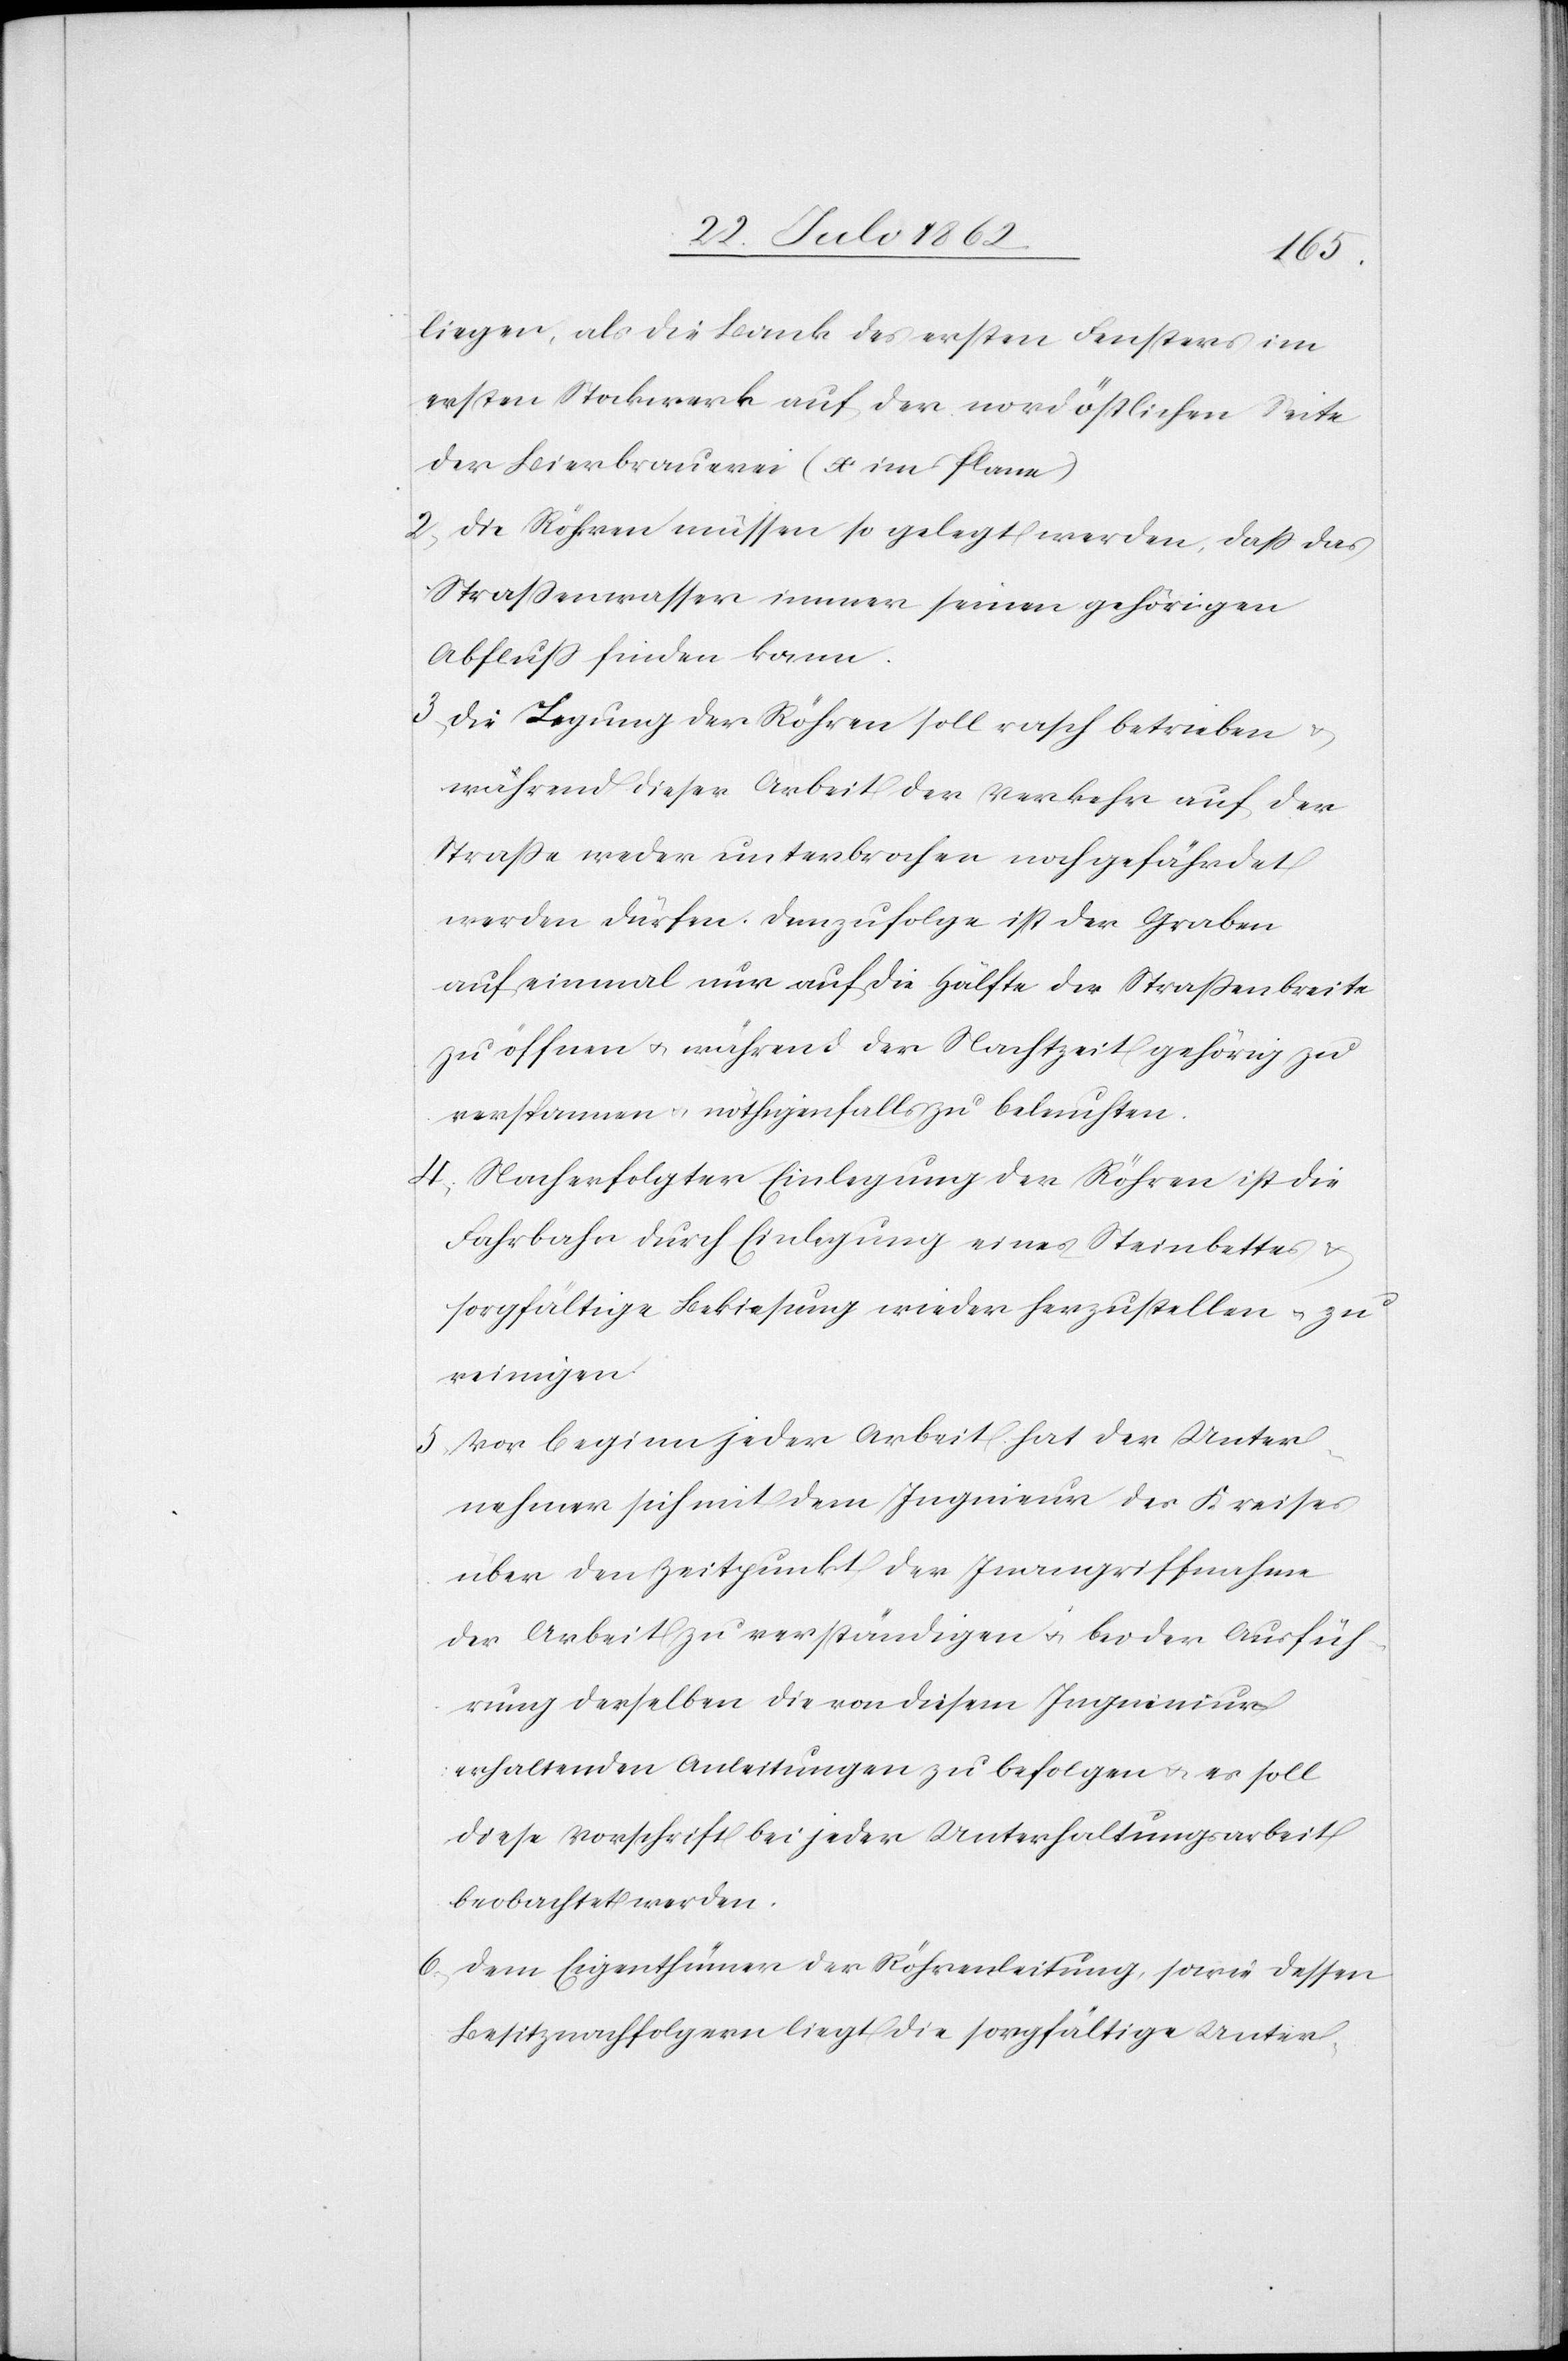
liegen, als die Bank des ersten Fensters im
ersten Stockwerk auf der nordöstlichen Seite
der Bierbrauerei (x im Plane).
2. Die Röhren müssen so gelegt werden, daß das
Straßenwasser immer seinen gehörigen
Abfluß finden kann.
3. Die Legung der Röhren soll rasch betrieben u.
während dieser Arbeit der Verkehr auf der
Straße weder unterbrochen noch gefährdet
werden dürfen. Demzufolge ist der Graben
auf einmal nur auf die Hälfte der Straßenbreite
zu öffnen u. während der Nachtzeit gehörig zu
verspannen u. nöthigenfalls zu beleuchten.
4. Nach erfolgter Einlegung der Röhren ist die
Fahrbahn durch Einlegung eines Steinbettes u.
sorgfältige Bekiesung wieder herzustellen u. zu
reinigen.
5. Vor Beginn jeder Arbeit hat der Unter¬
nehmer sich mit dem Ingenieur des Kreises
über den Zeitpunkt der Inangriffnahme
der Arbeit zu verständigen u. bei der Ausfüh¬
rung derselben die von diesem Ingenieur
erhaltenen Anleitungen zu befolgen u. es soll
diese Vorschrift bei jeder Unterhaltungsarbeit
beobachtet werden.
6. Dem Eigenthümer der Röhrenleitung, sowie dessen
Besitznachfolgern liegt die sorgfältige Unter-